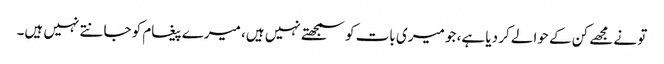
تو نے مجھے کن کے حوالے کر دیا ہے، جو میری بات کو سمجھتے نہیں ہیں، میرے پیغام کو جانتے نہیں ہیں۔